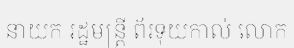
នាយក រដ្ឋមន្ត្រី ព័រទុយកាល់ លោក